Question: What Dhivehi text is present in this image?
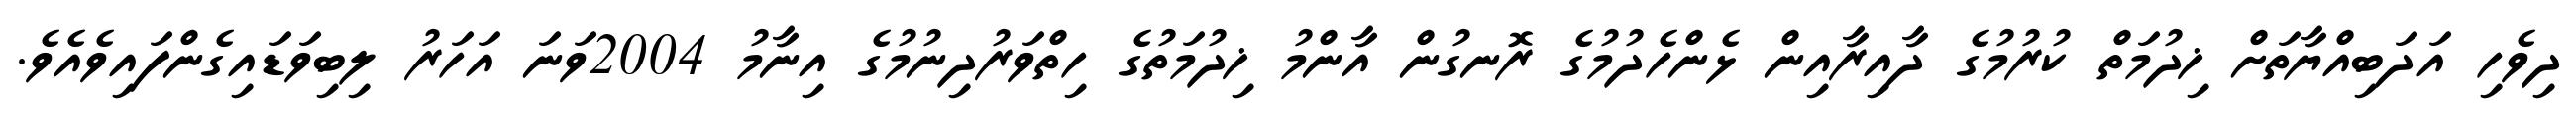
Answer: ދިވެހި އަދަބިއްޔާތަށް ޚިދުމަތް ކުރުމުގެ ދާއިރާއިން ޅެންހެދުމުގެ ރޮނގުން އާންމު ޚިދުމަތުގެ ހިތްވަރުދިނުމުގެ އިނާމު 2004ވަނަ އަހަރު ލިބިވަޑައިގެންފައިވެއެވެ.